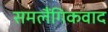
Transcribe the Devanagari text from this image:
समलैंगिकवाद